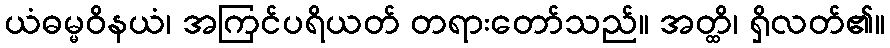
ယံဓမ္မဝိနယံ၊ အကြင်ပရိယတ် တရားတော်သည်။ အတ္ထိ၊ ရှိလတ်၏။